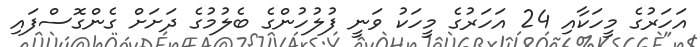
އަހަރުގެ މީހަކާއި 24 އަހަރުގެ މީހަކު ވަނީ ފުލުހުންގެ ބެލުމުގެ ދަށަށް ގެންގޮސްފައި